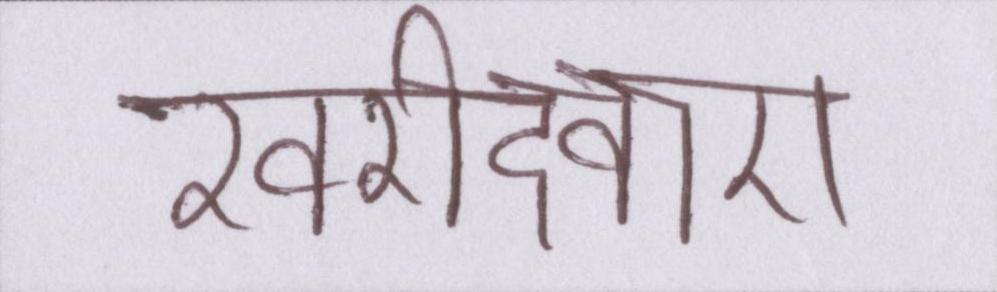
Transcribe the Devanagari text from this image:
खरीदवाए